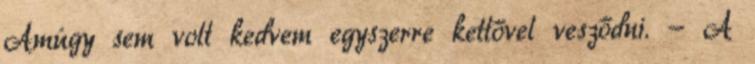
Amúgy sem volt kedvem egyszerre kettővel vesződni. - A